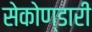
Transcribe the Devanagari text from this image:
सेकोण्डारी